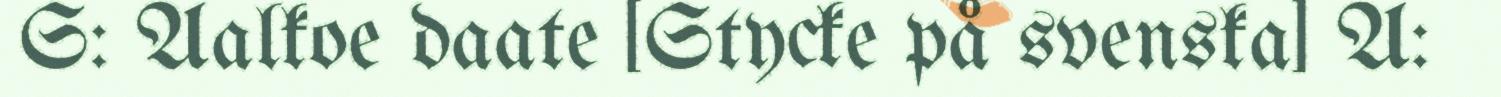
S: Aalkoe daate [Stycke på svenska] A: